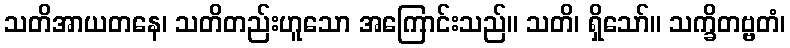
သတိအာယတနေ၊ သတိတည်းဟူသော အကြောင်းသည်။ သတိ၊ ရှိသော်။ သက္ခိတဗ္ဗတံ၊